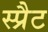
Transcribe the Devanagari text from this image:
स्प्रैट